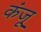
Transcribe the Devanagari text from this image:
कंजू